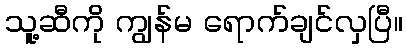
သူ့ဆီကို ကျွန်မ ရောက်ချင်လှပြီ။